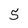
Character: 5